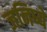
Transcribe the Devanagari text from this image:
जनिष्ये